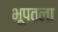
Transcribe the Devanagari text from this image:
भूपतला